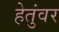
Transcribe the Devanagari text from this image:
हेतुंवर